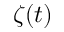
\zeta ( t )